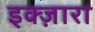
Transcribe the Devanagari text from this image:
इक्ज़ारा